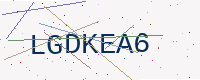
Text: LGDKEA6